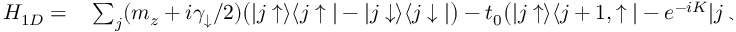
\begin{array} { r l } { H _ { 1 D } = } & { { } \sum _ { j } ( m _ { z } + i \gamma _ { \downarrow } / 2 ) \bigr ( | j \uparrow \rangle \langle j \uparrow | - | j \downarrow \rangle \langle j \downarrow | \bigr ) - t _ { 0 } \bigr ( | j \uparrow \rangle \langle j + 1 , \uparrow | - e ^ { - i K } | j \downarrow \rangle \langle j + 1 \downarrow | + h . c . \bigr ) } \end{array}